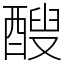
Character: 醙